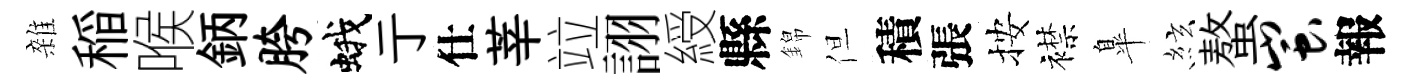
雜稲喉鈵胯蛾亍仕莘竝詡綬縣錦但積張按襟臯絃螯蚩報